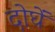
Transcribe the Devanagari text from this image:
दोघें